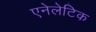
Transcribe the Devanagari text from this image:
एनेलेटिक